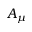
A _ { \mu }